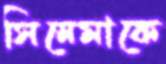
সিনেমাকে